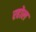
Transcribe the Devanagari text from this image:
रहोल